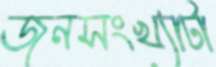
জনসংখ্যাটা